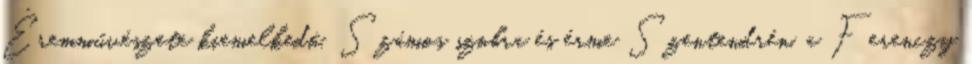
Éremművészete kiemelkedő. Számos szobra és érme Szentendrén, a Ferenczy